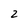
Character: 2